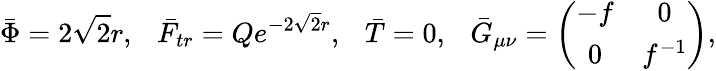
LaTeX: \bar{\Phi}=2\sqrt 2r,~~~\bar{F}_{tr}=Qe^{-2\sqrt 2r},~~~\bar{T}=0,{}~~~\bar{G}_{\mu\nu}=\left(\begin{array}{cc}{{-f}}&{{0}}\\ {{0}}&{{f^{-1}}}\end{array}\right),